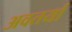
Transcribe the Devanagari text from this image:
अवतर्या